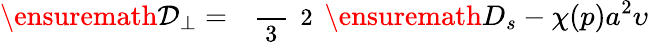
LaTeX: \ensuremath{\mathcal{D}_{\perp}}=\mathrm{~\small~\displaystyle~\frac~{~3~}~{~2~}~}\ensuremath{D_{s}}-\chi(p)a^{2}\upsilon